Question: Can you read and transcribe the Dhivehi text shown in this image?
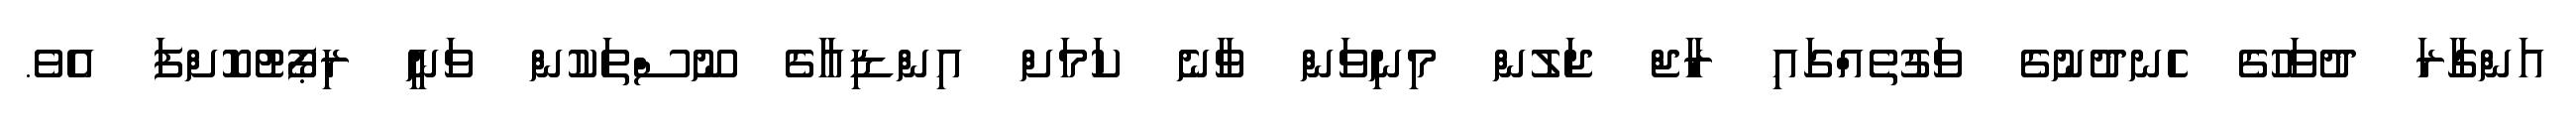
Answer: އަންގާރަ ދުވަހުގެ ހެނދުނުގެ ވަގުތެއްގައި ރާޖް ޖަލުން މިނިވަން ވާނެ ކަމަށް އިންޑިއާގެ ނޫސްތަކުން ވަނީ ރިޕޯޓުކޮށްފަ އެވެ.